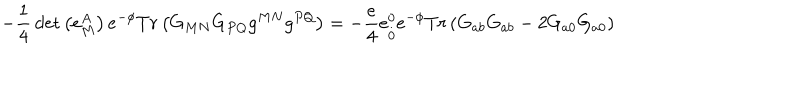
- \frac { 1 } { 4 } \det \left( e _ { M } ^ { A } \right) e ^ { - \phi } T r \left( G _ { M N } G _ { P Q } g ^ { M N } g ^ { P Q } \right) = - \frac { e } { 4 } e _ { \stackrel { . } { 0 } } ^ { 0 } e ^ { - \phi } T r \left( G _ { a b } G _ { a b } - 2 G _ { a 0 } G _ { a 0 } \right)